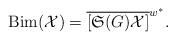
LaTeX: \begin{align*}\mathrm{Bim}(\mathcal{X})=\overline{[\mathfrak{S}(G)\mathcal{X}]}^{w^*}.\end{align*}